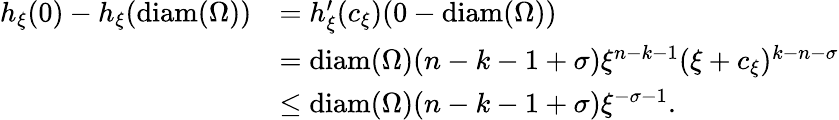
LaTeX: \begin{array}{rl}{h_{\xi}(0)-h_{\xi}(\mathrm{diam}(\Omega))}&{=h_{\xi}^{\prime}(c_{\xi})(0-\mathrm{diam}(\Omega))}\\ &{=\mathrm{diam}(\Omega)(n-k-1+\sigma)\xi^{n-k-1}(\xi+c_{\xi})^{k-n-\sigma}}\\ &{\le\mathrm{diam}(\Omega)(n-k-1+\sigma)\xi^{-\sigma-1}.}\end{array}